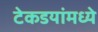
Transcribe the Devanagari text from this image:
टेकडयांमध्ये